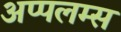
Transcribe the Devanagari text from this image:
अप्पलम्स